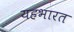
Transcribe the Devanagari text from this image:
यहभारत